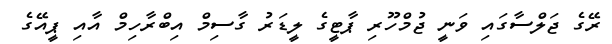
ރޭގެ ޖަލްސާގައި ވަނީ ޖުމްހޫރި ޕާޓީގެ ލީޑަރު ގާސިމް އިބްރާހިމް އާއި ޕީއޭގެ